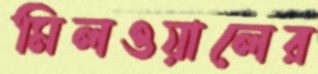
মিলওয়ালের